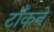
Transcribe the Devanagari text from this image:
टाँकने